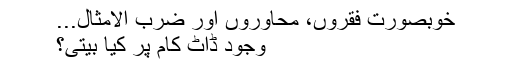
خوبصورت فقروں، محاوروں اور ضرب الامثال...
وجود ڈاٹ کام پر کیا بیتی؟